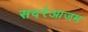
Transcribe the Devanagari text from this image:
सदरेआजम